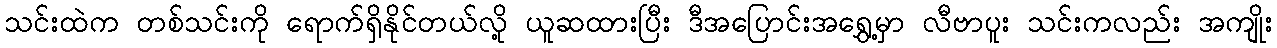
သင်းထဲက တစ်သင်းကို ရောက်ရှိနိုင်တယ်လို့ ယူဆထားပြီး ဒီအပြောင်းအရွှေ့မှာ လီဗာပူး သင်းကလည်း အကျိုး